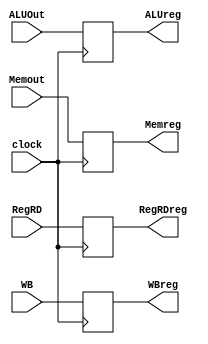
module MEMWB(clock,WB,Memout,ALUOut,RegRD,WBreg,Memreg,ALUreg,RegRDreg);

	input clock;
	input [1:0] WB;
	input [0:0] RegRD;
	input [7:0] Memout,ALUOut;
	output [1:0] WBreg;
	output [0:0] RegRDreg;
	output [7:0] Memreg,ALUreg;

	reg [1:0] WBreg;
	reg [0:0] RegRDreg;
	reg [7:0] Memreg,ALUreg;

	initial begin
		WBreg=0;
		RegRDreg=0;
		Memreg=0;
		ALUreg=0;
	end

	always@(posedge clock) 
	begin
		WBreg<=WB;
		Memreg<=Memout;
		ALUreg<=ALUOut;
		RegRDreg<=RegRD;
	end
endmodule